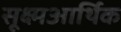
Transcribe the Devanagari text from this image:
सूक्ष्मआर्थिक